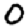
Digit: 0